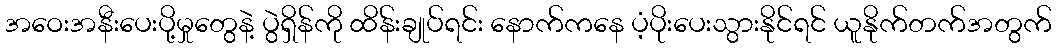
အဝေးအနီးပေးပို့မှုတွေနဲ့ ပွဲရှိန်ကို ထိန်းချုပ်ရင်း နောက်ကနေ ပံ့ပိုးပေးသွားနိုင်ရင် ယူနိုက်တက်အတွက်